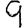
Digit: 9